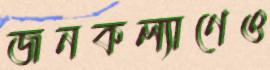
জনকল্যাণেও